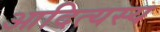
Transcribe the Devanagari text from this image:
आदित्यस्य